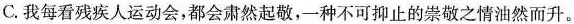
C.我每看残疾人运动会，都会肃然起敬，一种不可抑止的崇敬之情油然而升。